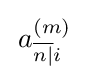
\,a_{{\overline {n|}}i}^{(m)}